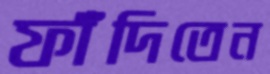
ফাঁদিতেন